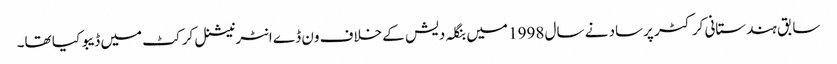
سابق ہندستانی کرکٹر پرساد نے سال 1998 میں بنگلہ دیش کے خلاف ون ڈے انٹرنیشنل کرکٹ میں ڈیبو کیا تھا۔